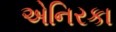
એનિરકા